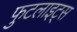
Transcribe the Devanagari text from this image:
फुटलाइट्स